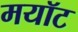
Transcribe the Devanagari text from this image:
मयॉट